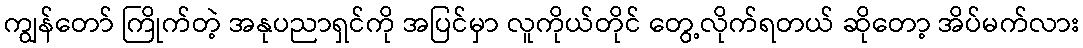
ကျွန်တော် ကြိုက်တဲ့ အနုပညာရှင်ကို အပြင်မှာ လူကိုယ်တိုင် တွေ့လိုက်ရတယ် ဆိုတော့ အိပ်မက်လား